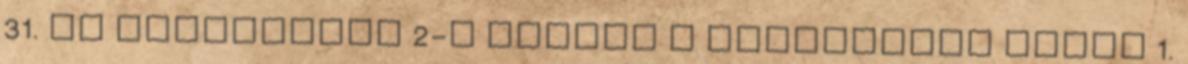
31. és szeptember 2-a között a tatabányai Május 1.